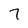
Character: 7